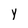
Character: y